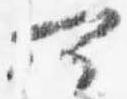
可